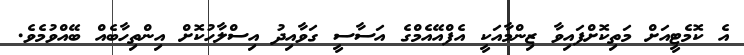
އެ ކޮމެޓީއަށް މަތިކޮށްފައިވާ ޒިންމާއަކީ އެފްއޭއެމްގެ އަސާސީ ގަވާއިދު އިސްލާހުކޮށް އިންތިހާބެއް ބޭއްވުމެވެ.